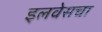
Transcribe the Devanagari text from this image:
इलवेसचा